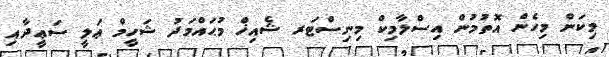
މިކަން މިހެން އޮތުމުން އިސްލާމިކް މިނިސްޓަރ ޝެއިޚް މުޙައްމަދު ޝަހީމް ޢަލީ ސަޢީދާއި